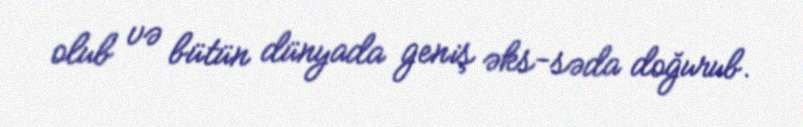
olub və bütün dünyada geniş əks-səda doğurub.